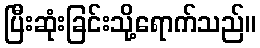
ပြီးဆုံးခြင်းသို့ရောက်သည်။